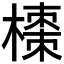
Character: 𭫼